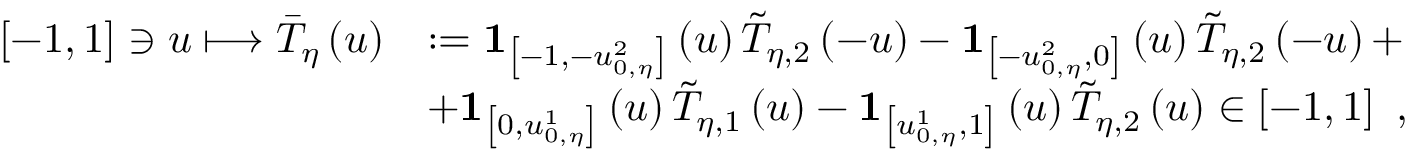
\begin{array} { r l } { \left[ - 1 , 1 \right] \ni u \longmapsto \bar { T } _ { \eta } \left( u \right) } & { : = \mathbf { 1 } _ { \left[ - 1 , - u _ { 0 , \eta } ^ { 2 } \right] } \left( u \right) \tilde { T } _ { \eta , 2 } \left( - u \right) - \mathbf { 1 } _ { \left[ - u _ { 0 , \eta } ^ { 2 } , 0 \right] } \left( u \right) \tilde { T } _ { \eta , 2 } \left( - u \right) + } \\ & { + \mathbf { 1 } _ { \left[ 0 , u _ { 0 , \eta } ^ { 1 } \right] } \left( u \right) \tilde { T } _ { \eta , 1 } \left( u \right) - \mathbf { 1 } _ { \left[ u _ { 0 , \eta } ^ { 1 } , 1 \right] } \left( u \right) \tilde { T } _ { \eta , 2 } \left( u \right) \in \left[ - 1 , 1 \right] \ , } \end{array}